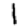
Digit: 1